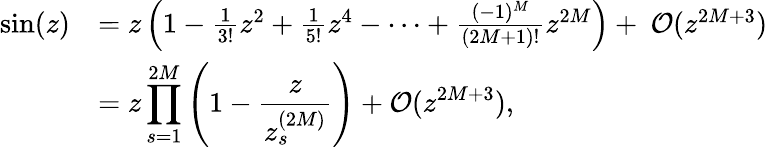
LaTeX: \begin{array}{rl}{\sin(z)}&{=z\left(1-\frac{1}{3!}z^{2}+\frac{1}{5!}z^{4}-\cdots+\frac{(-1)^{M}}{(2M+1)!}z^{2M}\right)+~{\cal O}(z^{2M+3})}\\ &{\displaystyle=z\prod_{s=1}^{2M}\left(1-\frac{z}{z_{s}^{(2M)}}\right)+{\cal O}(z^{2M+3}),}\end{array}